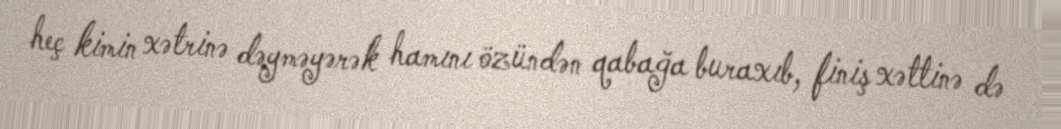
heç kimin xətrinə dəyməyərək hamını özündən qabağa buraxıb, finiş xəttinə də